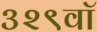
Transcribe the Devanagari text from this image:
३२९वॉ